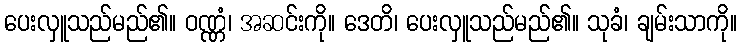
ပေးလှူသည်မည်၏။ ဝဏ္ဏံ၊ အဆင်းကို။ ဒေတိ၊ ပေးလှူသည်မည်၏။ သုခံ၊ ချမ်းသာကို။